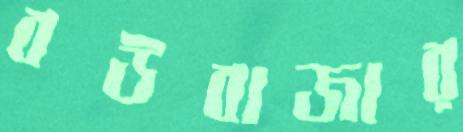
বউবাজার